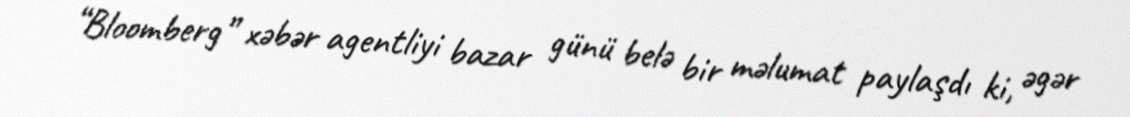
“Bloomberg” xəbər agentliyi bazar günü belə bir məlumat paylaşdı ki, əgər